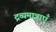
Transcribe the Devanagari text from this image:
द्रव्यमात्राएँ